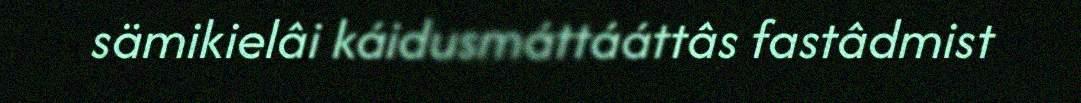
sämikielâi káidusmáttááttâs fastâdmist